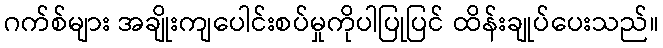
ဂက်စ်များ အချိုးကျပေါင်းစပ်မှုကိုပါပြုပြင် ထိန်းချုပ်ပေးသည်။